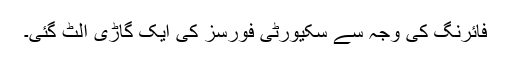
فائرنگ کی وجہ سے سکیورٹی فورسز کی ایک گاڑی الٹ گئی۔